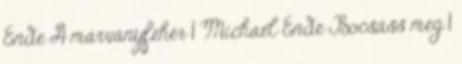
Ende A márványfehér 1 Michael Ende Bocsáss meg 1